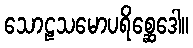
သောဠသမောပရိစ္ဆေဒေါ။